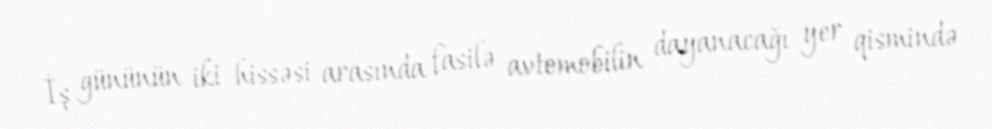
İş gününün iki hissəsi arasında fasilə avtomobilin dayanacağı yer qismində